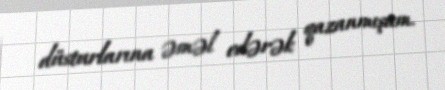
düsturlarına əməl edərək qazanmışam.